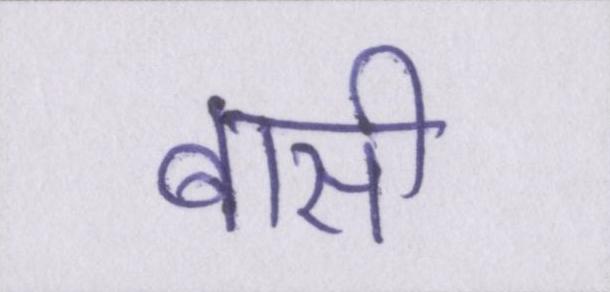
बासी